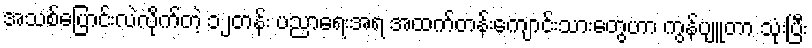
အသစ်ပြောင်းလဲလိုက်တဲ့ ၁၂တန်း ပညာရေးအရ အထက်တန်းကျောင်းသားတွေဟာ ကွန်ပျူတာ သုံးပြီး